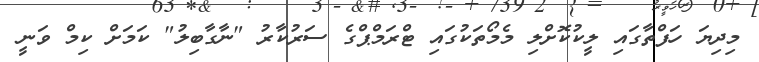
މިދިޔަ ހަފްތާގައި ލީކުކޮށްލި މެމޯތަކުގައި ޓްރަމްޕްގެ ސަރުކާރު "ނާގާބިލު" ކަމަށް ކިމް ވަނީ